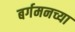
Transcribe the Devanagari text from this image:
बर्गमनच्या